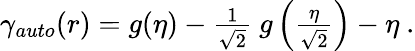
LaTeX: \begin{array}{r}{\gamma_{auto}(r)=g(\eta)-\frac{1}{\sqrt{2}}~g\left(\frac{\eta}{\sqrt{2}}\right)-\eta~.}\end{array}